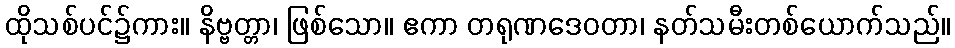
ထိုသစ်ပင်၌ကား။ နိဗ္ဗတ္တာ၊ ဖြစ်သော။ ဧကာ တရုဏဒေဝတာ၊ နတ်သမီးတစ်ယောက်သည်။